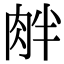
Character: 𦚓